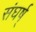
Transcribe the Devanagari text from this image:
संघर्ष्